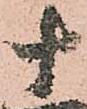
十